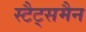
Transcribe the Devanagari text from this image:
स्टैट्समैन